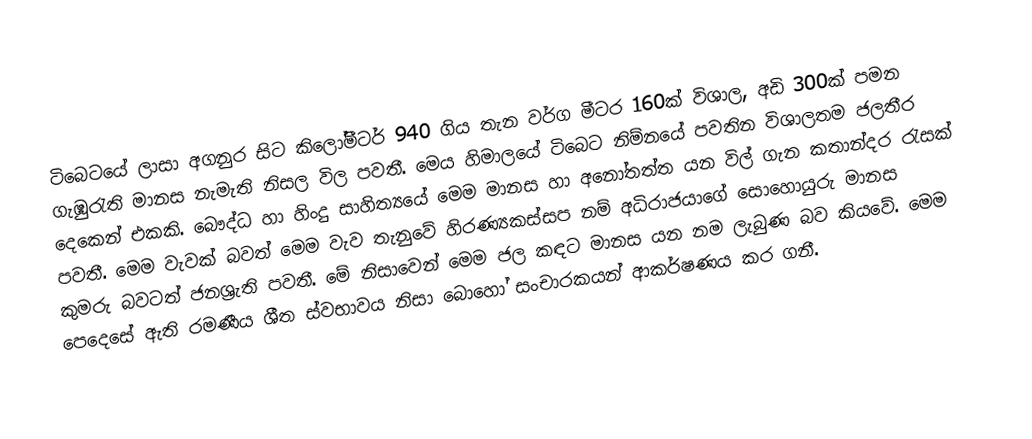
ටිබෙටයේ ලාසා අගනුර සිට කිලෝමීටර් 940 ගිය තැන වර්ග මීටර 160ක් විශාල, අඩි 300ක් පමන ගැඹුරැති මානස නැමැති නිසල විල පවතී. මෙය හිමාලයේ ටිබෙට නිම්නයේ පවතින විශාලතම ජලතීර දෙකෙන් එකකි. බෞද්ධ හා හිංදු සාහිත්‍යයේ මෙම මානස හා අනෝතත්ත යන විල් ගැන කතාන්දර රැසක් පවතී.  මෙම වැවක් බවත් මෙම වැව තැනුවේ හිරණ්‍යකස්සප නම් අධිරාජයාගේ සොහොයුරු මානස කුමරු බවටත් ජනශ්‍රැති පවතී. මේ නිසාවෙන් මෙම ජල කඳට මානස යන නම ලැබුණ බව කියවේ. මෙම පෙදෙසේ ඇති රමණීය ශීත ස්වභාවය නිසා බොහෝ සංචාරකයන් ආකර්ෂණය කර ගනී.